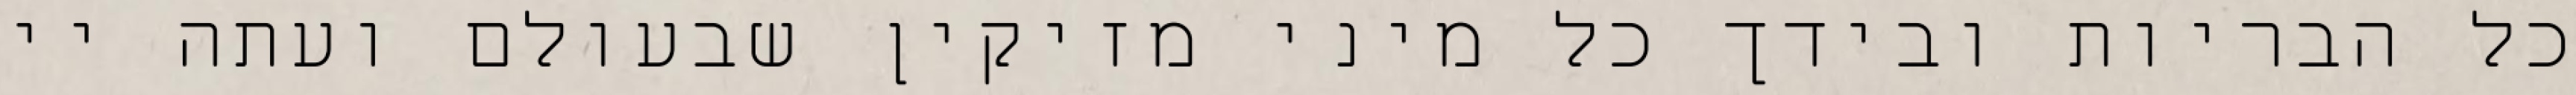
כל הבריות ובידך כל מיני מזיקין שבעולם ועתה יי